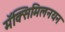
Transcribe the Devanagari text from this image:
मॅक्सिमिलनयन